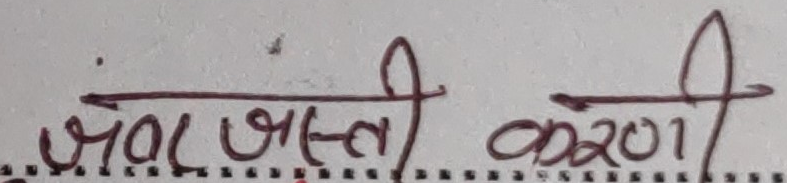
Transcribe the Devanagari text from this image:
जबरदस्ती करणी